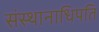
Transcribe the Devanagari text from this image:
संस्थानाधिपति